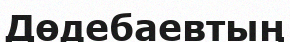
Дөдебаевтың